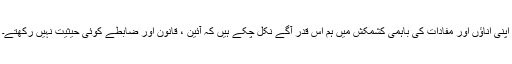
اپنی اناؤں اور مفادات کی باہمی کشمکش میں ہم اس قدر آگے نکل چکے ہیں کہ آئین ، قانون اور ضابطے کوئی حیثیت نہیں رکھتے۔